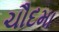
ચૌદમા